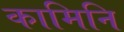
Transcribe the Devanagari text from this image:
कामिनि